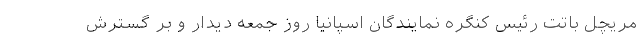
مریچل باتت رئیس کنگره نمایندگان اسپانیا روز جمعه دیدار و بر گسترش